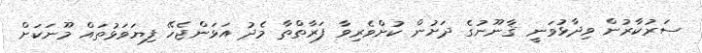
ސަރުކާރުން ވިދާޅުވަނީ ޤާނޫނުގެ ދަށުން ކުށްވެރިވާ ފަރާތްތާ މެދު އަޅަންޖެހޭ ފިޔަވަޅުތައް މޫނަކަށް